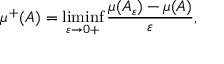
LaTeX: \mu ^ { + } ( A ) = \operatorname* { l i m i n f } _ { \varepsilon \to 0 + } { \frac { \mu ( A _ { \varepsilon } ) - \mu ( A ) } { \varepsilon } } ,